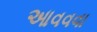
આવવવા